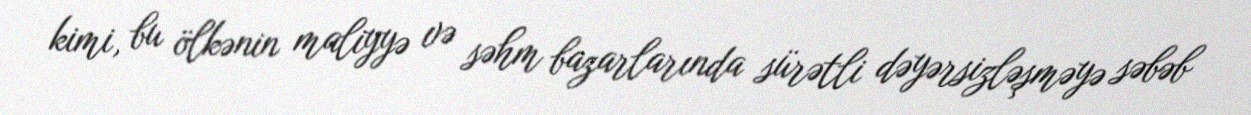
kimi, bu ölkənin maliyyə və səhm bazarlarında sürətli dəyərsizləşməyə səbəb